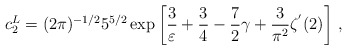
\begin{align*}c_2^L=(2\pi)^{-1/2} 5^{5/2} \exp \left[ \frac{3}{\varepsilon}+\frac{3}{4}-\frac{7}{2} \gamma+\frac{3}{\pi^2} \zeta^{'}(2) \right] \, ,\end{align*}